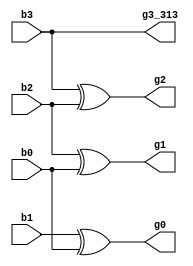
`timescale 1ns / 1ps
//////////////////////////////////////////////////////////////////////////////////
// Company: 
// Engineer: 
// 
// Design Name: 
// Module Name:    bintogray_313 
// Project Name: 
// Target Devices: 
// Tool versions: 
// Description: 
//
// Dependencies: 
//
// Revision: 
// Revision 0.01 - File Created
// Additional Comments: 
//
//////////////////////////////////////////////////////////////////////////////////
module bintogray_313(g3_313,g2,g1,g0,b3,b2,b1,b0);	
	
input b3,b2,b1,b0;

output g3_313,g2,g1,g0;

buf a1(g3_313,b3);

xor a2(g2,b3,b2);

xor a3(g1,b2,b0);

xor a4(g0,b1,b0);

endmodule